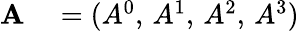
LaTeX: \begin{array}{rl}{\mathbf{A}}&{{}=(A^{0},\, A^{1},\, A^{2},\, A^{3})}\end{array}